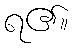
ရ၏။